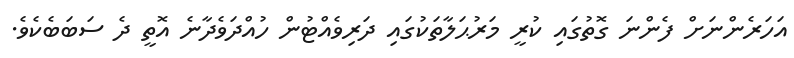
އަހަރެންނަށް ފެންނަ ގޮތުގައި ކުރީ މަރުޙަލާތަކުގައި ދަރިވެއްޓުން ހުއްދަވެދާނެ އޮތީ ދެ ސަބަބެކެވެ.